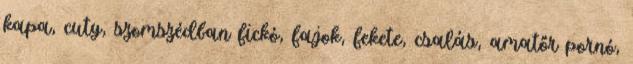
kapa, cuty, szomszédban fickó, fajok, fekete, csalás, amatőr pornó,